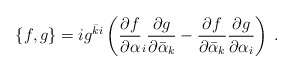
\begin{align*}\{f,g\}=ig^{\bar{k}i}\left(\frac{\partial f}{\partial\alpha}_{i}\frac{\partial g}{\partial\bar{\alpha}_{k}}-\frac{\partial f}{\partial\bar{\alpha}_{k}}\frac{\partial g}{\partial\alpha_{i}}\right)\:.\end{align*}